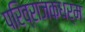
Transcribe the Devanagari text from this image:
परिव्राजकधर्म